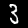
Digit: 3